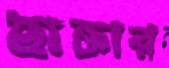
ছাক্তার